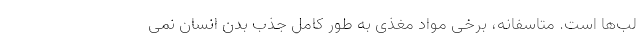
لب­ها است. متاسفانه، برخی مواد مغذی به طور کامل جذب بدن انسان نمی